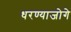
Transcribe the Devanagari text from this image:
धरण्याजोगे